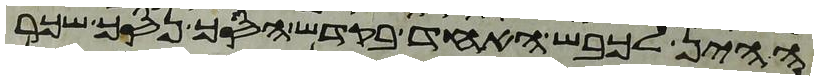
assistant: ההין לכבש האחד בקדש הסך נסך שכר